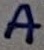
Text: A